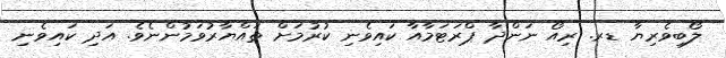
ލޯބިވެރިޔާ ޑރ. ރިއޯ ނަންދާ ޕްރަޓަމާއާ ކައިވެނި ކުރުމަށް ތައްޔާރުވަމުންނެވެ. އަދި ކައިވެނި